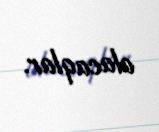
olacaqlar.